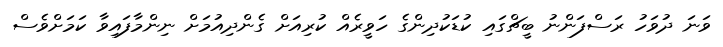
ވަނަ ދުވަހު ރަސްފަންނު ބީޗްގައި ކުޑަކުދިންގެ ހަވީރެއް ކުރިއަށް ގެންދިއުމަށް ނިންމާފައިވާ ކަަމަށްވެސް